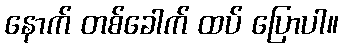
နောက် တစ်ခေါက် ထပ် ပြောပါ။